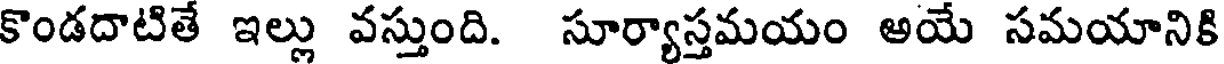
కొండదాటితే ఇల్లు వస్తుంది. సూర్యాస్తమయం అయ సమయానికి